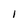
Character: I